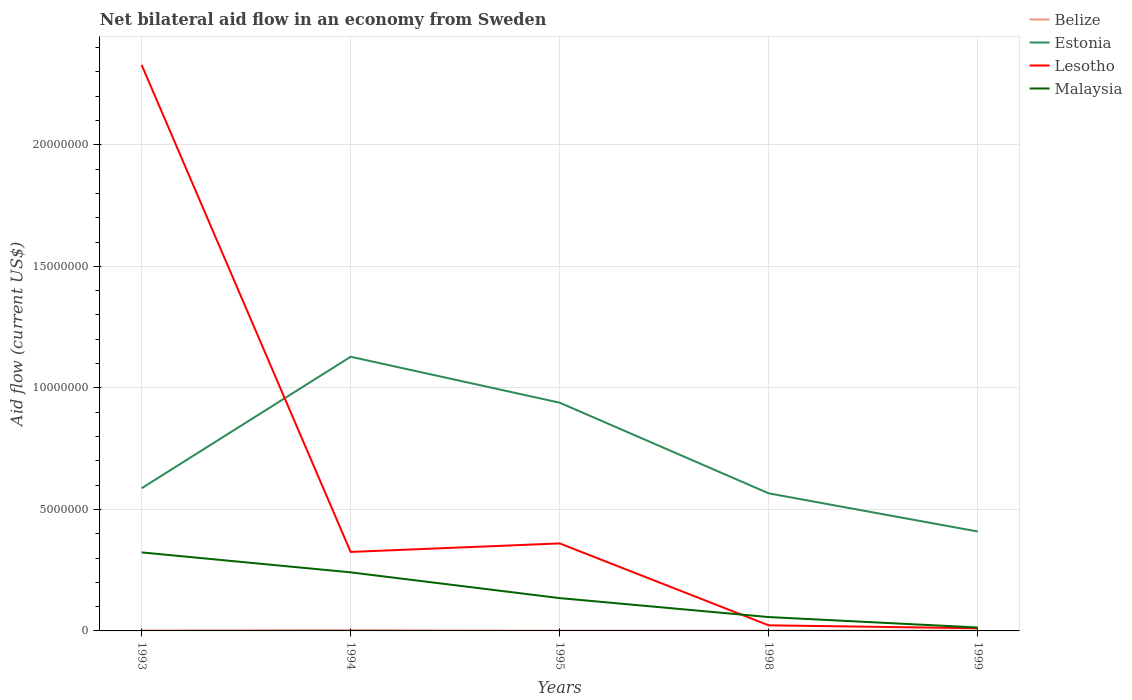
| Years | Belize | Estonia | Lesotho | Malaysia |
 | --- | --- | --- | --- | --- |
 | 1993 | 2e+04 | 5.87e+06 | 2.33e+07 | 3.23e+06 |
 | 1994 | 3e+04 | 1.13e+07 | 3.25e+06 | 2.41e+06 |
 | 1995 | 1e+04 | 9.39e+06 | 3.6e+06 | 1.35e+06 |
 | 1998 | 1e+04 | 5.66e+06 | 2.3e+05 | 5.7e+05 |
 | 1999 | 1e+04 | 4.09e+06 | 1.1e+05 | 1.4e+05 |